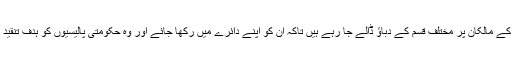
میڈیا ہاؤسز کے مالکان پر مختلف قسم کے دباؤ ڈالے جا رہے ہیں تاکہ ان کو اپنے دائرے میں رکھا جائے اور وہ حکومتی پالیسیوں کو ہدف تنقید نہ بنا سکیں۔